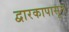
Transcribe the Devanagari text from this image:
द्वारकापासून